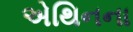
એથિનના